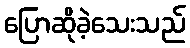
ပြောဆိုခဲ့သေးသည်